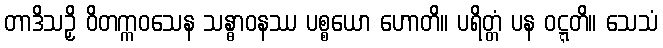
တာဒိသဉှိ ဝိတက္ကဝသေန သန္ဓာဝနဿ ပစ္စယော ဟောတိ။ ပရိတ္တံ ပန ဝဋ္ဋတိ။ သေသံ